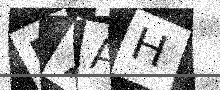
Text: D7AH